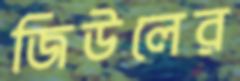
জিউলের